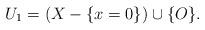
LaTeX: \begin{align*}U_1 = (X - \{x = 0\})\cup\{O\}.\end{align*}